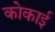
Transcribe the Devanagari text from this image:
कोकाई